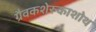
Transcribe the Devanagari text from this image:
ग्रैवकशेरुकाशोथ